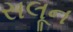
સલૂન